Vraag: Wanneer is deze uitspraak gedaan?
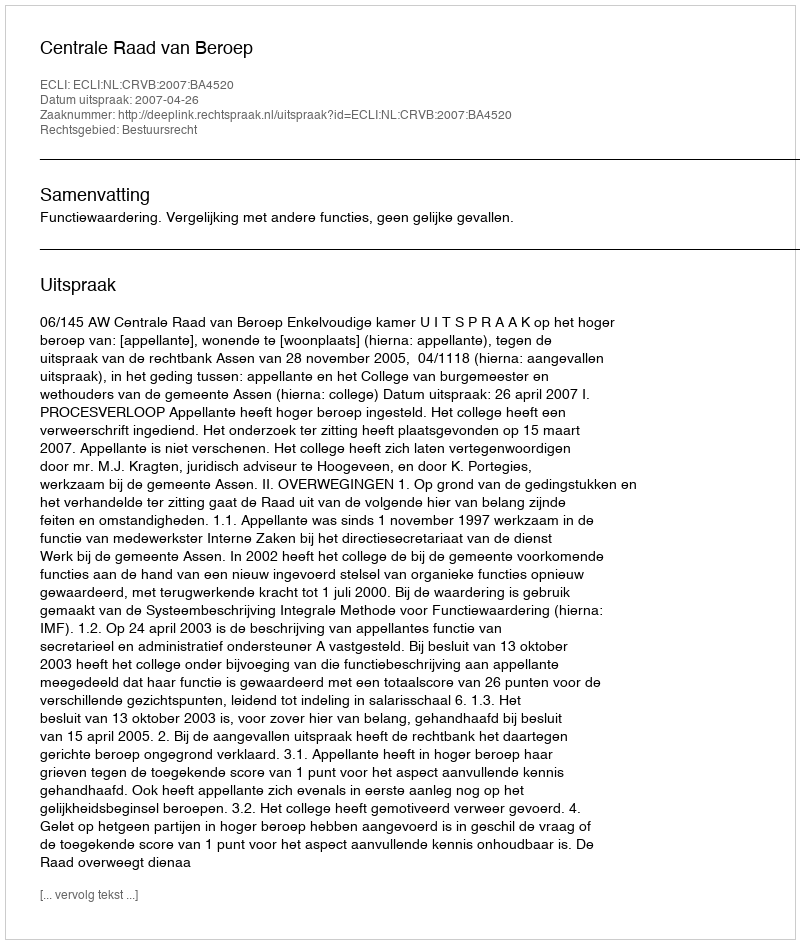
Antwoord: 2007-04-26